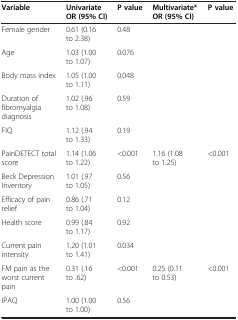
<table><thead><tr><td><b>Variable</b></td><td><b>Univariate OR (95% CI)</b></td><td><b>P value</b></td><td><b>Multivariate* OR (95% CI)</b></td><td><b>P value</b></td></tr></thead><tbody><tr><td>Female gender</td><td>0.61 (0.16 to 2.38)</td><td>0.48</td><td> </td><td> </td></tr><tr><td>Age</td><td>1.03 (1.00 to 1.07)</td><td>0.076</td><td> </td><td> </td></tr><tr><td>Body mass index</td><td>1.05 (1.00 to 1.11)</td><td>0.048</td><td> </td><td> </td></tr><tr><td>Duration of fibromyalgia diagnosis</td><td>1.02 (.96 to 1.08)</td><td>0.59</td><td> </td><td> </td></tr><tr><td>FIQ</td><td>1.12 (.94 to 1.33)</td><td>0.19</td><td> </td><td> </td></tr><tr><td>PainDETECT total score</td><td>1.14 (1.06 to 1.22)</td><td>&lt;0.001</td><td>1.16 (1.08 to 1.25)</td><td>&lt;0.001</td></tr><tr><td>Beck Depression Inventory</td><td>1.01 (.97 to 1.05)</td><td>0.56</td><td> </td><td> </td></tr><tr><td>Efficacy of pain relief</td><td>0.86 (.71 to 1.04)</td><td>0.12</td><td> </td><td> </td></tr><tr><td>Health score</td><td>0.99 (.84 to 1.17)</td><td>0.92</td><td> </td><td> </td></tr><tr><td>Current pain intensity</td><td>1.20 (1.01 to 1.41)</td><td>0.034</td><td> </td><td> </td></tr><tr><td>FM pain as the worst current pain</td><td>0.31 (.16 to .62)</td><td>&lt;0.001</td><td>0.25 (0.11 to 0.53)</td><td>&lt;0.001</td></tr><tr><td>IPAQ</td><td>1.00 (1.00 to 1.00)</td><td>0.56</td><td> </td><td> </td></tr></tbody></table>